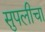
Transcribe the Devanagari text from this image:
सुपलीचा